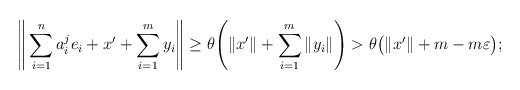
\begin{align*} \Bigg\|\sum_{i=1}^n a^j_i e_i + x' + \sum_{i=1}^{m} y_i\Bigg\| \geq \theta \Bigg(\|x'\| + \sum_{i=1}^{m} \|y_i\|\Bigg) > \theta \big(\|x'\| + m - m\varepsilon\big);\end{align*}